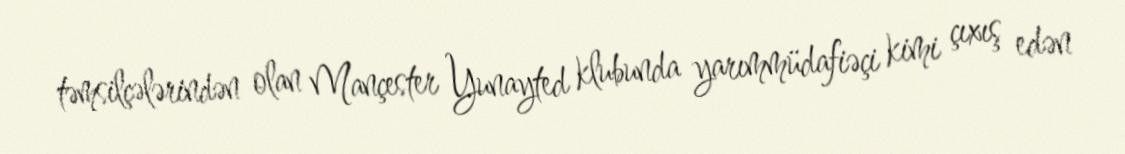
təmsilçələrindən olan Mançester Yunayted klubunda yarımmüdafiəçi kimi çıxış edən